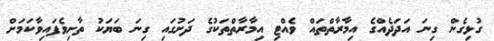
ގުޅިގެން ގިނަ އަދަދެއްގެ އިމާރާތްތައް ވެއްޓި އިމާރާތްތަކުގެ ދަށުގައި ގިނަ ބަޔަކު ތާށިވެފައިވާކަމަށް